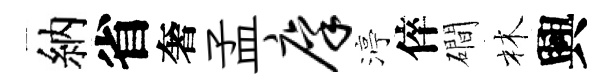
納省奢孟廪渟倅磵林興